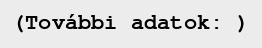
(További adatok: )